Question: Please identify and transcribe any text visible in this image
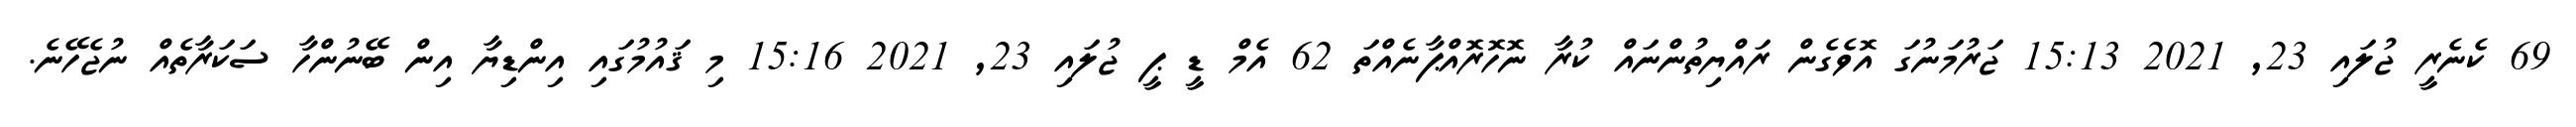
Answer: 69 ކެނެރީ ޖުލައި 23, 2021 15:13 ޖަރުމަނުގަ އޮވެގެން ރައްޔިތުންނައް ކުރާ ނޮހޮރޮއްޕާނެއްތަ 62 އެމް ޑީ ޕީ ޖުލައި 23, 2021 15:16 މި ޤައުމުގައި އިންޑިޔާ އިން ބޭނުންހާ ސަކަރާތެއް ނުޖެހޭނެ.